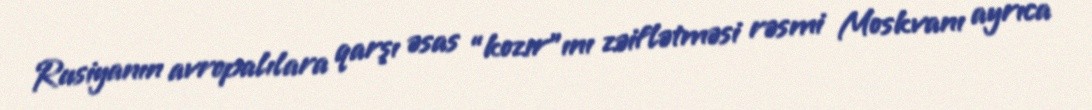
Rusiyanın avropalılara qarşı əsas “kozır”ını zəiflətməsi rəsmi Moskvanı ayrıca